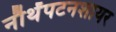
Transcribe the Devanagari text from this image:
नौर्थंपटनशायर